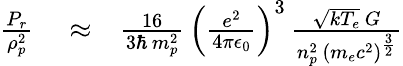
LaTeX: \begin{array}{rlr}{\frac{P_{r}}{\rho_{p}^{2}}}&{{}\approx}&{\frac{16}{3\hbar\, m_{p}^{2}}\, \left(\frac{e^{2}}{4\pi\epsilon_{0}}\right)^{3}\, \frac{\sqrt{kT_{e}}\, G}{n_{p}^{2}\, \left(m_{e}c^{2}\right)^{\frac{3}{2}}}}\end{array}